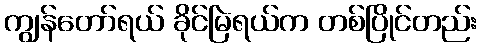
ကျွန်တော်ရယ် ခိုင်မြဲရယ်က တစ်ပြိုင်တည်း